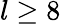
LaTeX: l\geq 8